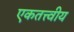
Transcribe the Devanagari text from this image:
एकतत्त्वीय